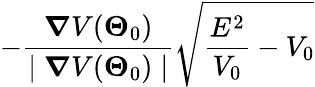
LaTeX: -\frac{\boldsymbol{\nabla}V(\boldsymbol{\Theta}_{0})}{\mid\boldsymbol{\nabla}V(\boldsymbol{\Theta}_{0})\mid}\sqrt{\frac{E^{2}}{V_{0}}-V_{0}}